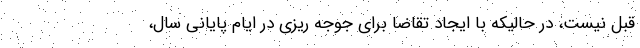
قبل نیست، در حالیکه با ایجاد تقاضا برای جوجه ریزی در ایام پایانی سال،